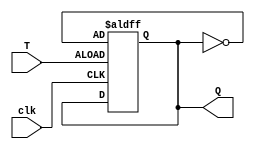
module T_ff (input T, input clk, output reg Q);

   always @(posedge clk or posedge T)
   begin
      if (T)
        Q <= ~Q;
   end

endmodule